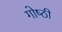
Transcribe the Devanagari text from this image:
गोष्‍ठी